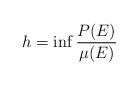
LaTeX: \begin{align*}h=\inf \frac{P(E)}{\mu(E)}\end{align*}